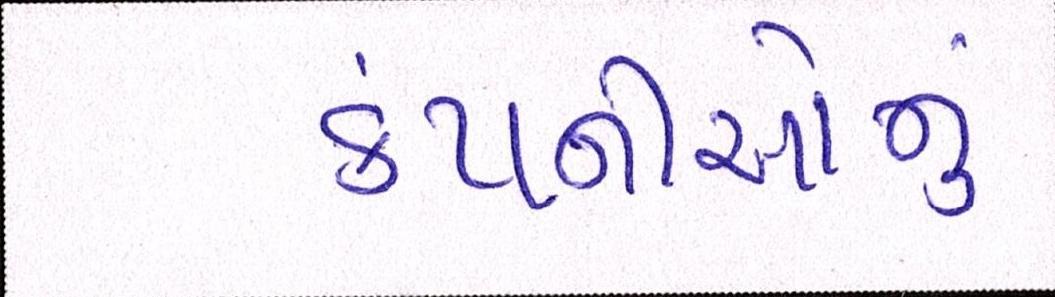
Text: કંપ્નીઓનું